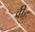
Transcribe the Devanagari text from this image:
वीह